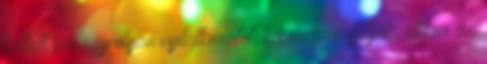
kellett írni egy olyan nyilatkozatot, ha megválasztják, akkor az